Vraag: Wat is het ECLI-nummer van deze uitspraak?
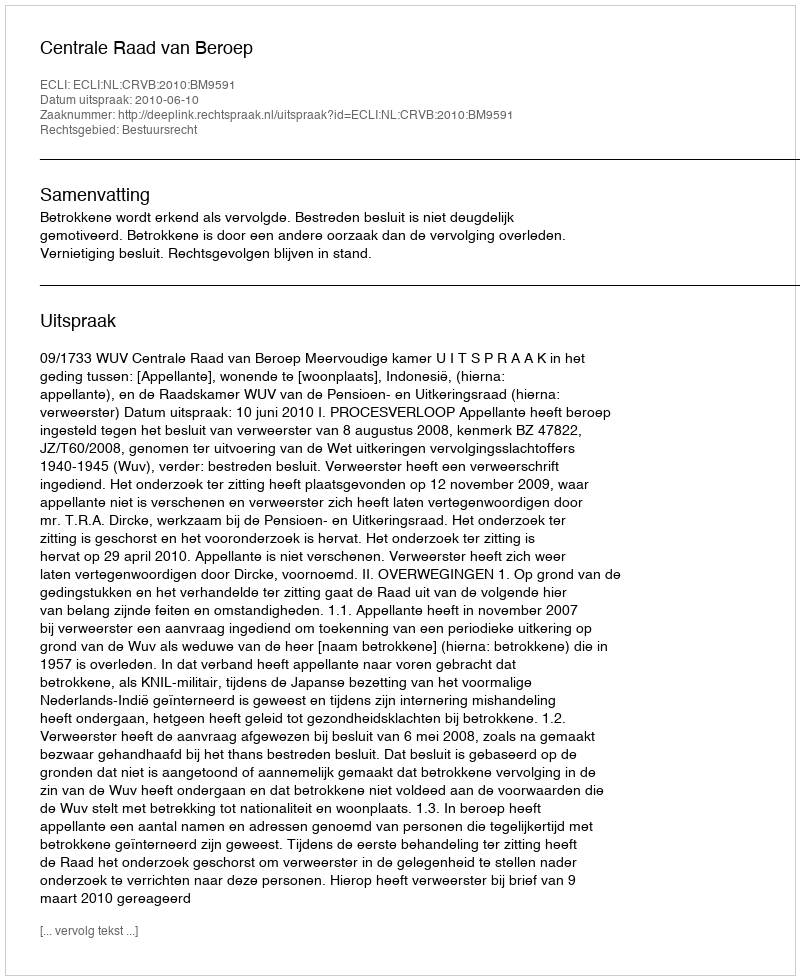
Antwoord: ECLI:NL:CRVB:2010:BM9591